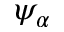
\psi _ { \alpha }